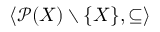
\langle { \mathcal { P } } ( X ) \setminus \{ X \} , \subseteq \rangle